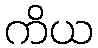
ကိယ